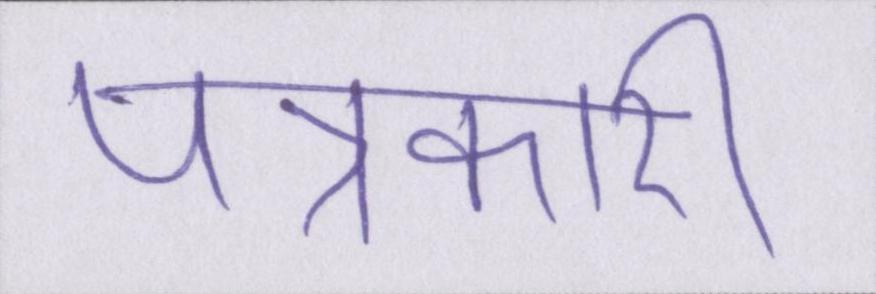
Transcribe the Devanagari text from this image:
पत्रकारी